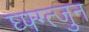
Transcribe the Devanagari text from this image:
घ्फ्ग्त्जुन